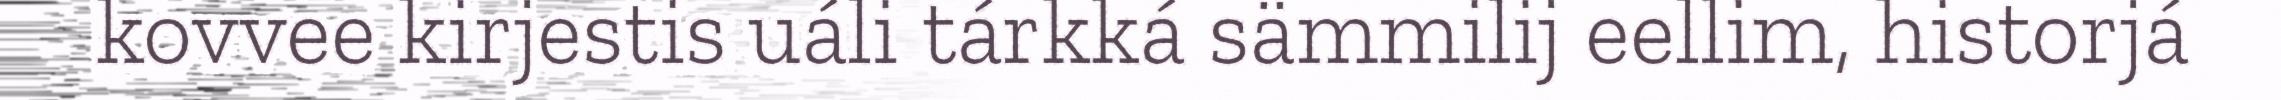
kovvee kirjestis uáli tárkká sämmilij eellim, historjá